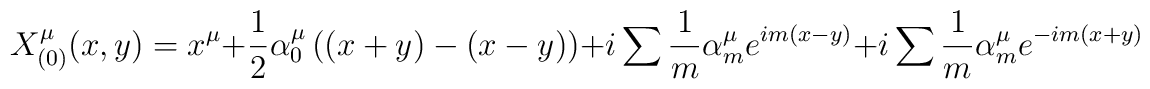
X_{(0)}^{\mu }(x,y)=x^{\mu }+\frac{1}{2}\alpha _{0}^{\mu }\left((x+y)-(x-y)\right) +i\sum \frac{1}{m}\alpha _{m}^{\mu }e^{im(x-y)}+i\sum\frac{1}{m}\alpha _{m}^{\mu }e^{-im(x+y)}